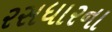
રસધારના